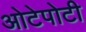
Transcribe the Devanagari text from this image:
ओटेपोटी